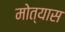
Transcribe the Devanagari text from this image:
मोत्यास